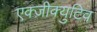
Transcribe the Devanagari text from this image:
एक्ज़ीक्युटिव